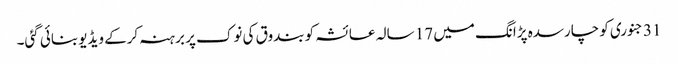
31 جنوری کو چارسدہ پڑانگ میں 17 سالہ عائشہ کو بندوق کی نوک پر برہنہ کرکے ویڈیو بنائی گئی۔